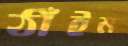
ঠাঁইম